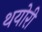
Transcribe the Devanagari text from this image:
थयोरी